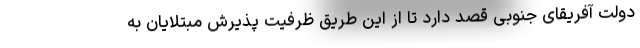
دولت آفریقای جنوبی قصد دارد تا از این طریق ظرفیت پذیرش مبتلایان به